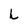
Character: L